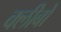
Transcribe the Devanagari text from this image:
क्लीबों